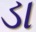
ડા